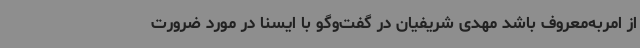
از امربه‌معروف باشد مهدی شریفیان در گفت‌وگو با ایسنا در مورد ضرورت